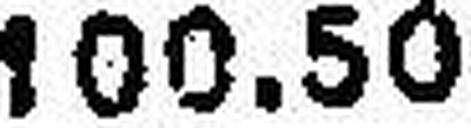
100.50